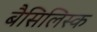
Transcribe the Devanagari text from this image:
बैसिलिस्क